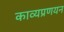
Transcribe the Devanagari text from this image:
काव्यप्रणयन